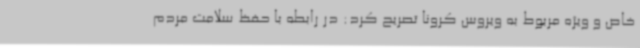
خاص و ویژه مربوط به ویروس کرونا تصریح کرد: در رابطه با حفظ سلامت مردم